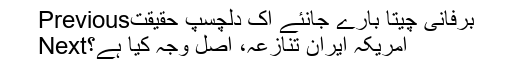
Previousبرفانی چیتا بارے جانئے اِک دلچسپ حقیقت
Nextامریکہ ایران تنازعہ، اصل وجہ کیا ہے؟